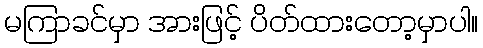
မကြာခင်မှာ အားဖြင့် ပိတ်ထားတော့မှာပါ။